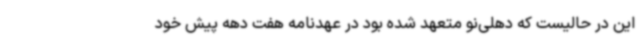
این در حالیست که دهلی‌نو متعهد شده بود در عهدنامه هفت دهه پیش خود